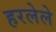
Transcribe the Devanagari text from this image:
हरलेले